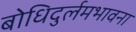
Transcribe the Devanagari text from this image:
बोधिदुर्लमभावना